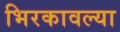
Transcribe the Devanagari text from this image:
भिरकावल्या